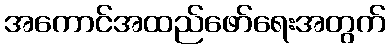
အကောင်အထည်ဖော်ရေးအတွက်